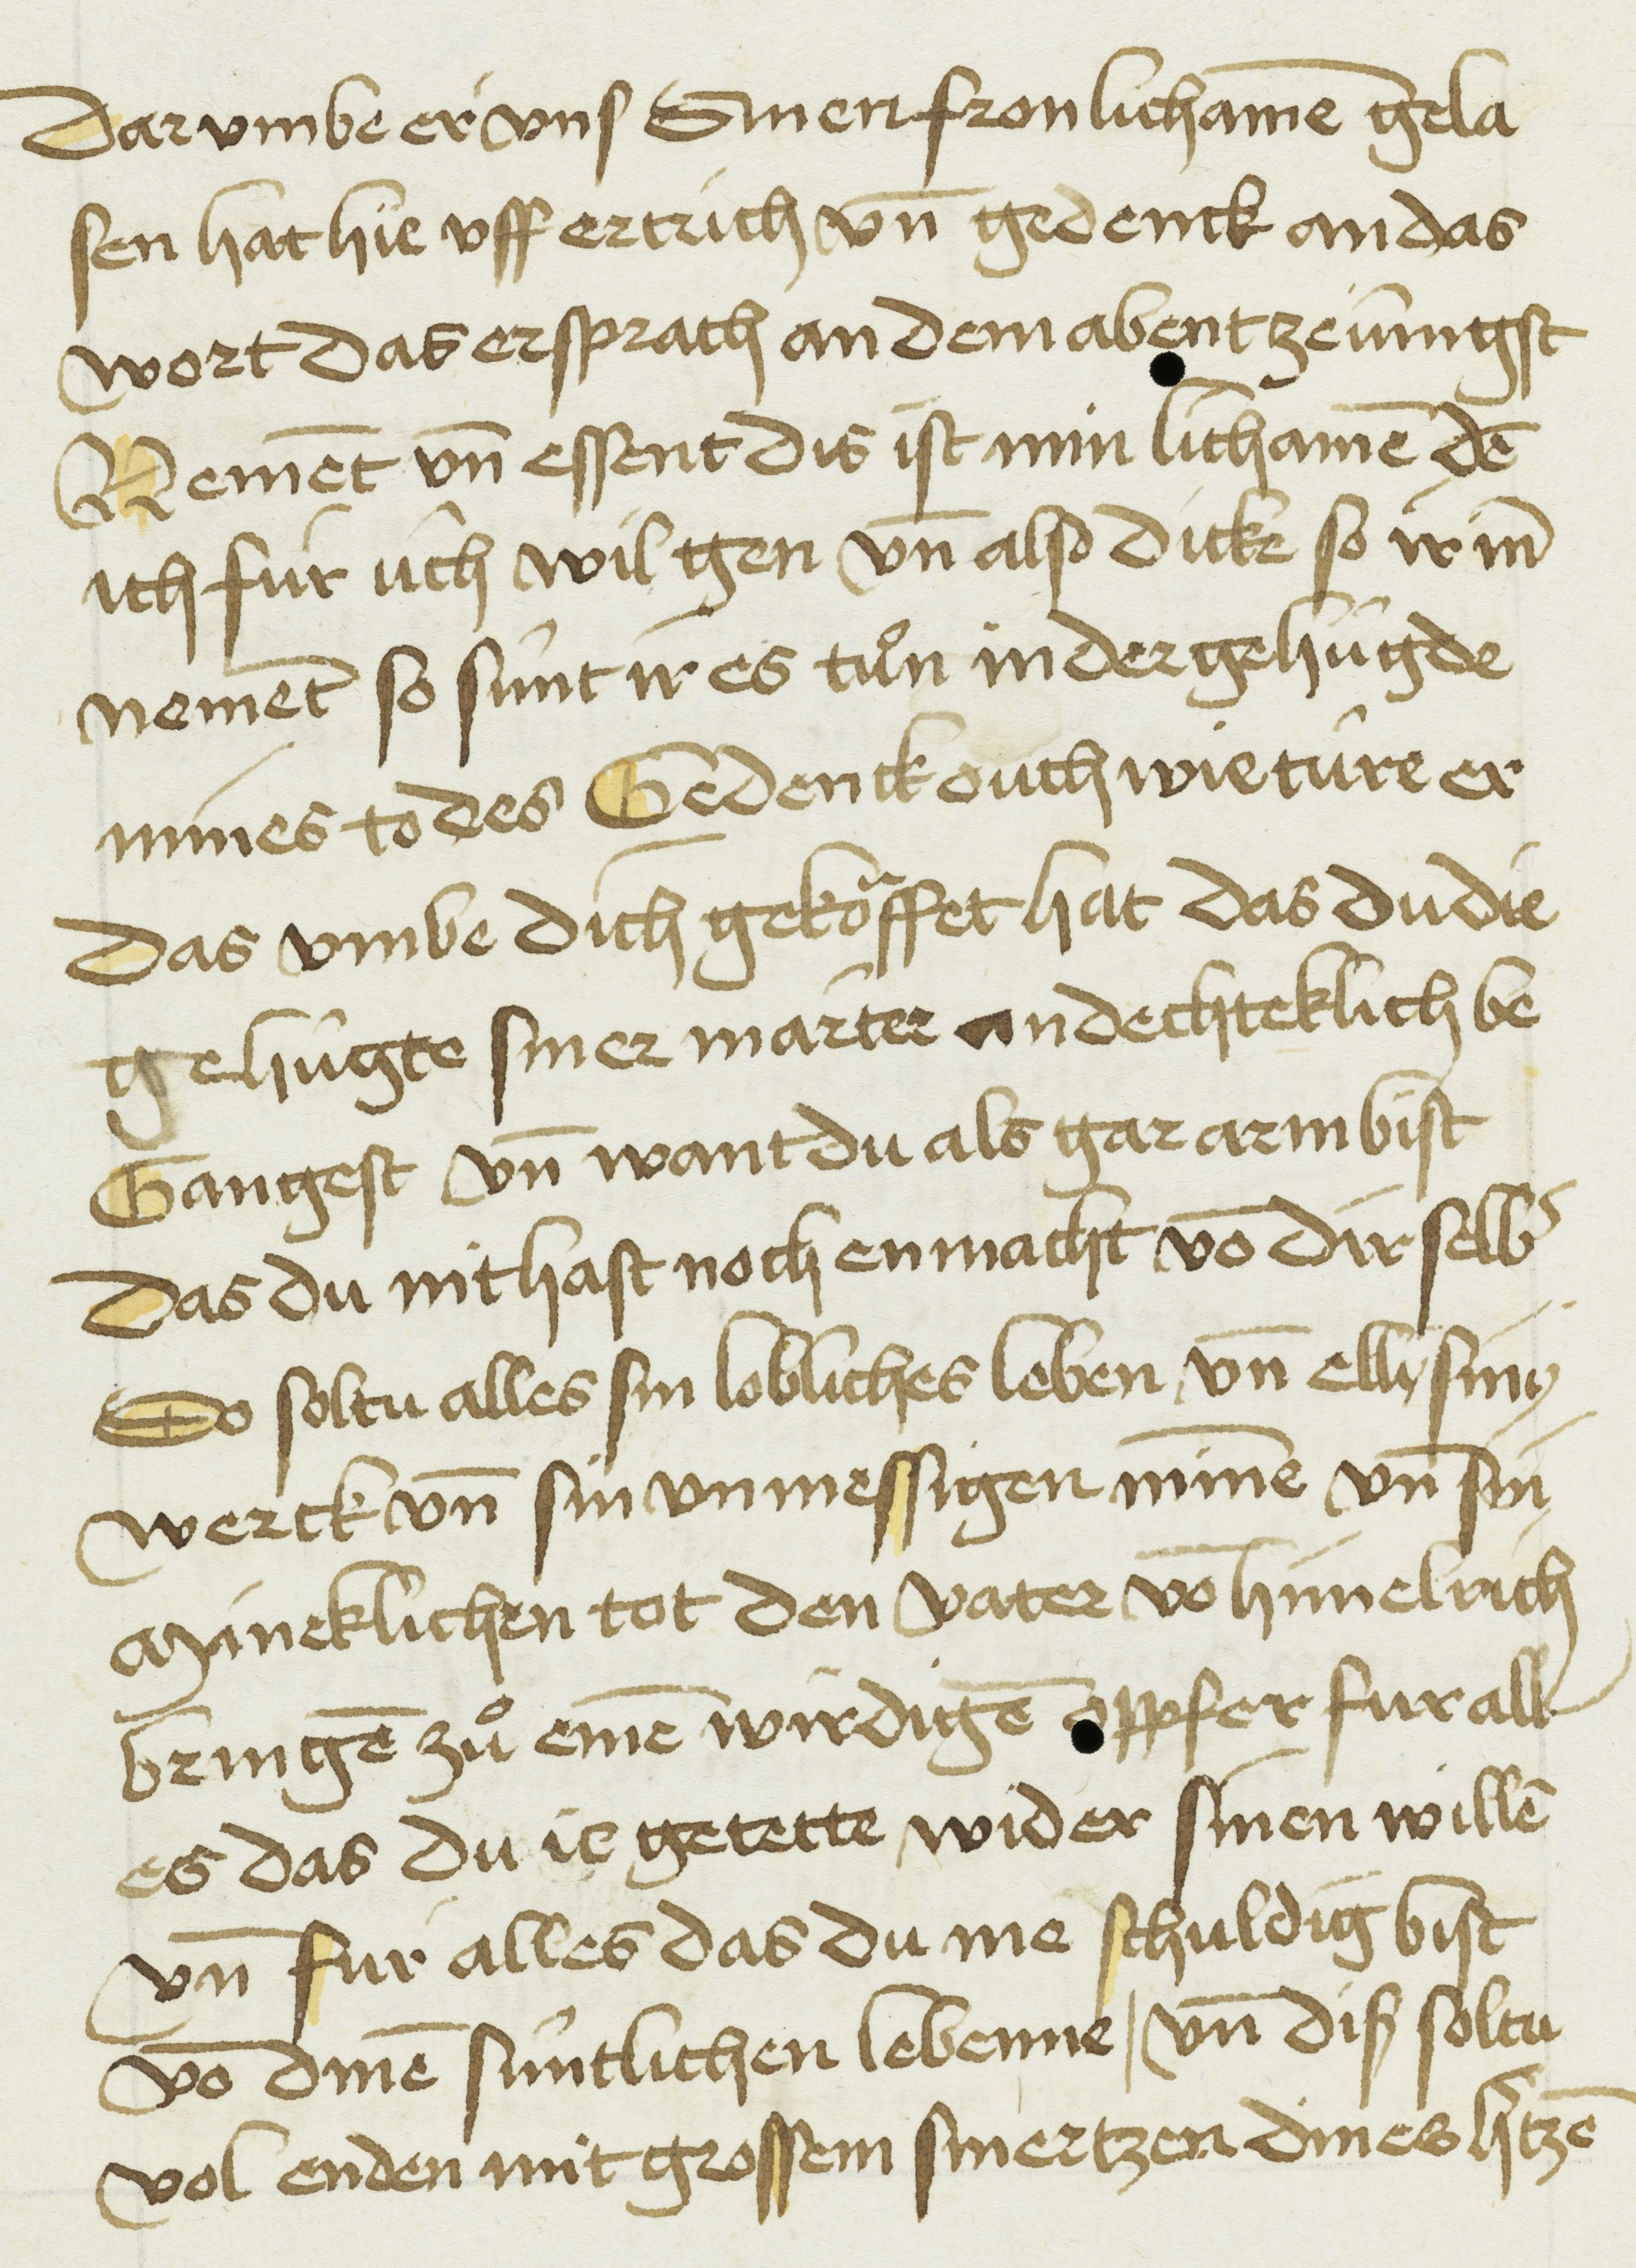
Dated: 1450–1499